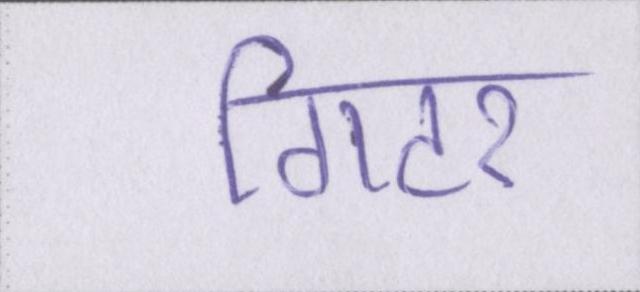
गिटर